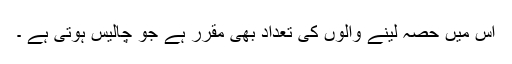
اس میں حصہ لینے والوں کی تعداد بھی مقرر ہے جو چالیس ہوتی ہے ۔